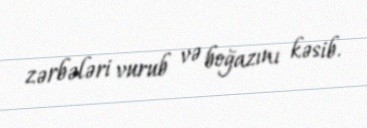
zərbələri vurub və boğazını kəsib.